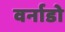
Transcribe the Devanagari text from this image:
वर्नाडो